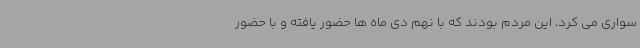
سواری می کرد، این مردم بودند که با نهم دی ماه ها حضور یافته و با حضور